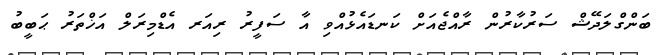
ބަންގްލަދޭޝް ސަރުކާރުން ރާއްޖެއަށް ކަނޑައެޅުއްވި އާ ސަފީރު ރިއަރ އެޑްމިރަލް އަޚްތަރު ޙަބީބު